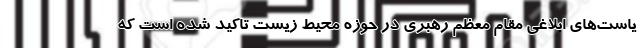
یاست‌های ابلاغی مقام معظم رهبری در حوزه محیط زیست تاکید شده است که